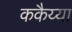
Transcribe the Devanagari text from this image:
ककैय्या